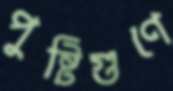
পুষ্টিগুণে